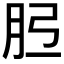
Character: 𦙠